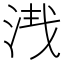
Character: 𣴮